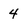
Character: 4